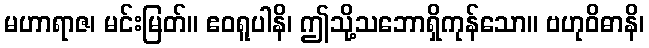
မဟာရာဇ၊ မင်းမြတ်။ ဧဝရူပါနိ၊ ဤသို့သဘောရှိကုန်သော။ ဗဟုဝိဓာနိ၊